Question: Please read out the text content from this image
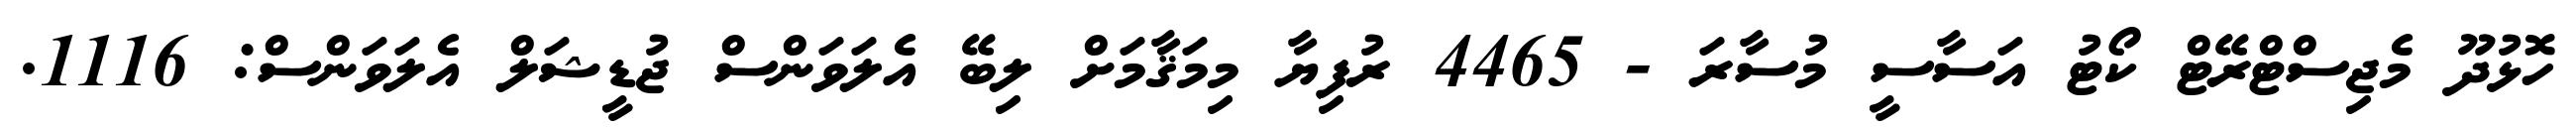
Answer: ހޮޅުދޫ މެޖިސްޓްރޭޓް ކޯޓު އަސާސީ މުސާރަ - 4465 ރުފިޔާ މިމަޤާމަށް ލިބޭ އެލަވަންސް ޖުޑީޝަލް އެލަވަންސް: 1116.